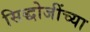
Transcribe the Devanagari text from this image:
सिद्धोजींच्या